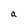
Character: a